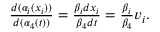
\begin{array} { r } { \frac { d ( \alpha _ { i } ( x _ { i } ) ) } { d ( \alpha _ { 4 } ( t ) ) } = \frac { \beta _ { i } d x _ { i } } { \beta _ { 4 } d t } = \frac { \beta _ { i } } { \beta _ { 4 } } v _ { i } . } \end{array}